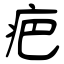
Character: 疤